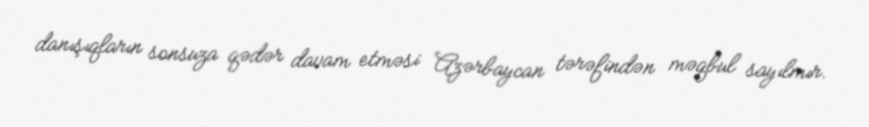
danışıqların sonsuza qədər davam etməsi Azərbaycan tərəfindən məqbul sayılmır.